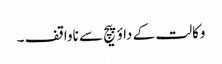
وکالت کے داؤ پیچ سے ناواقف ۔